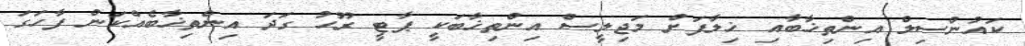
ކައުންސިލް އިންތިޚާބާއި ޚިލާފަށް މަޖިލީސް އިންތިޚާބަކީ ޕާޓީ ރޫހު ގަދަ އިންތިޚާބެއްކަން ފާހަގަ